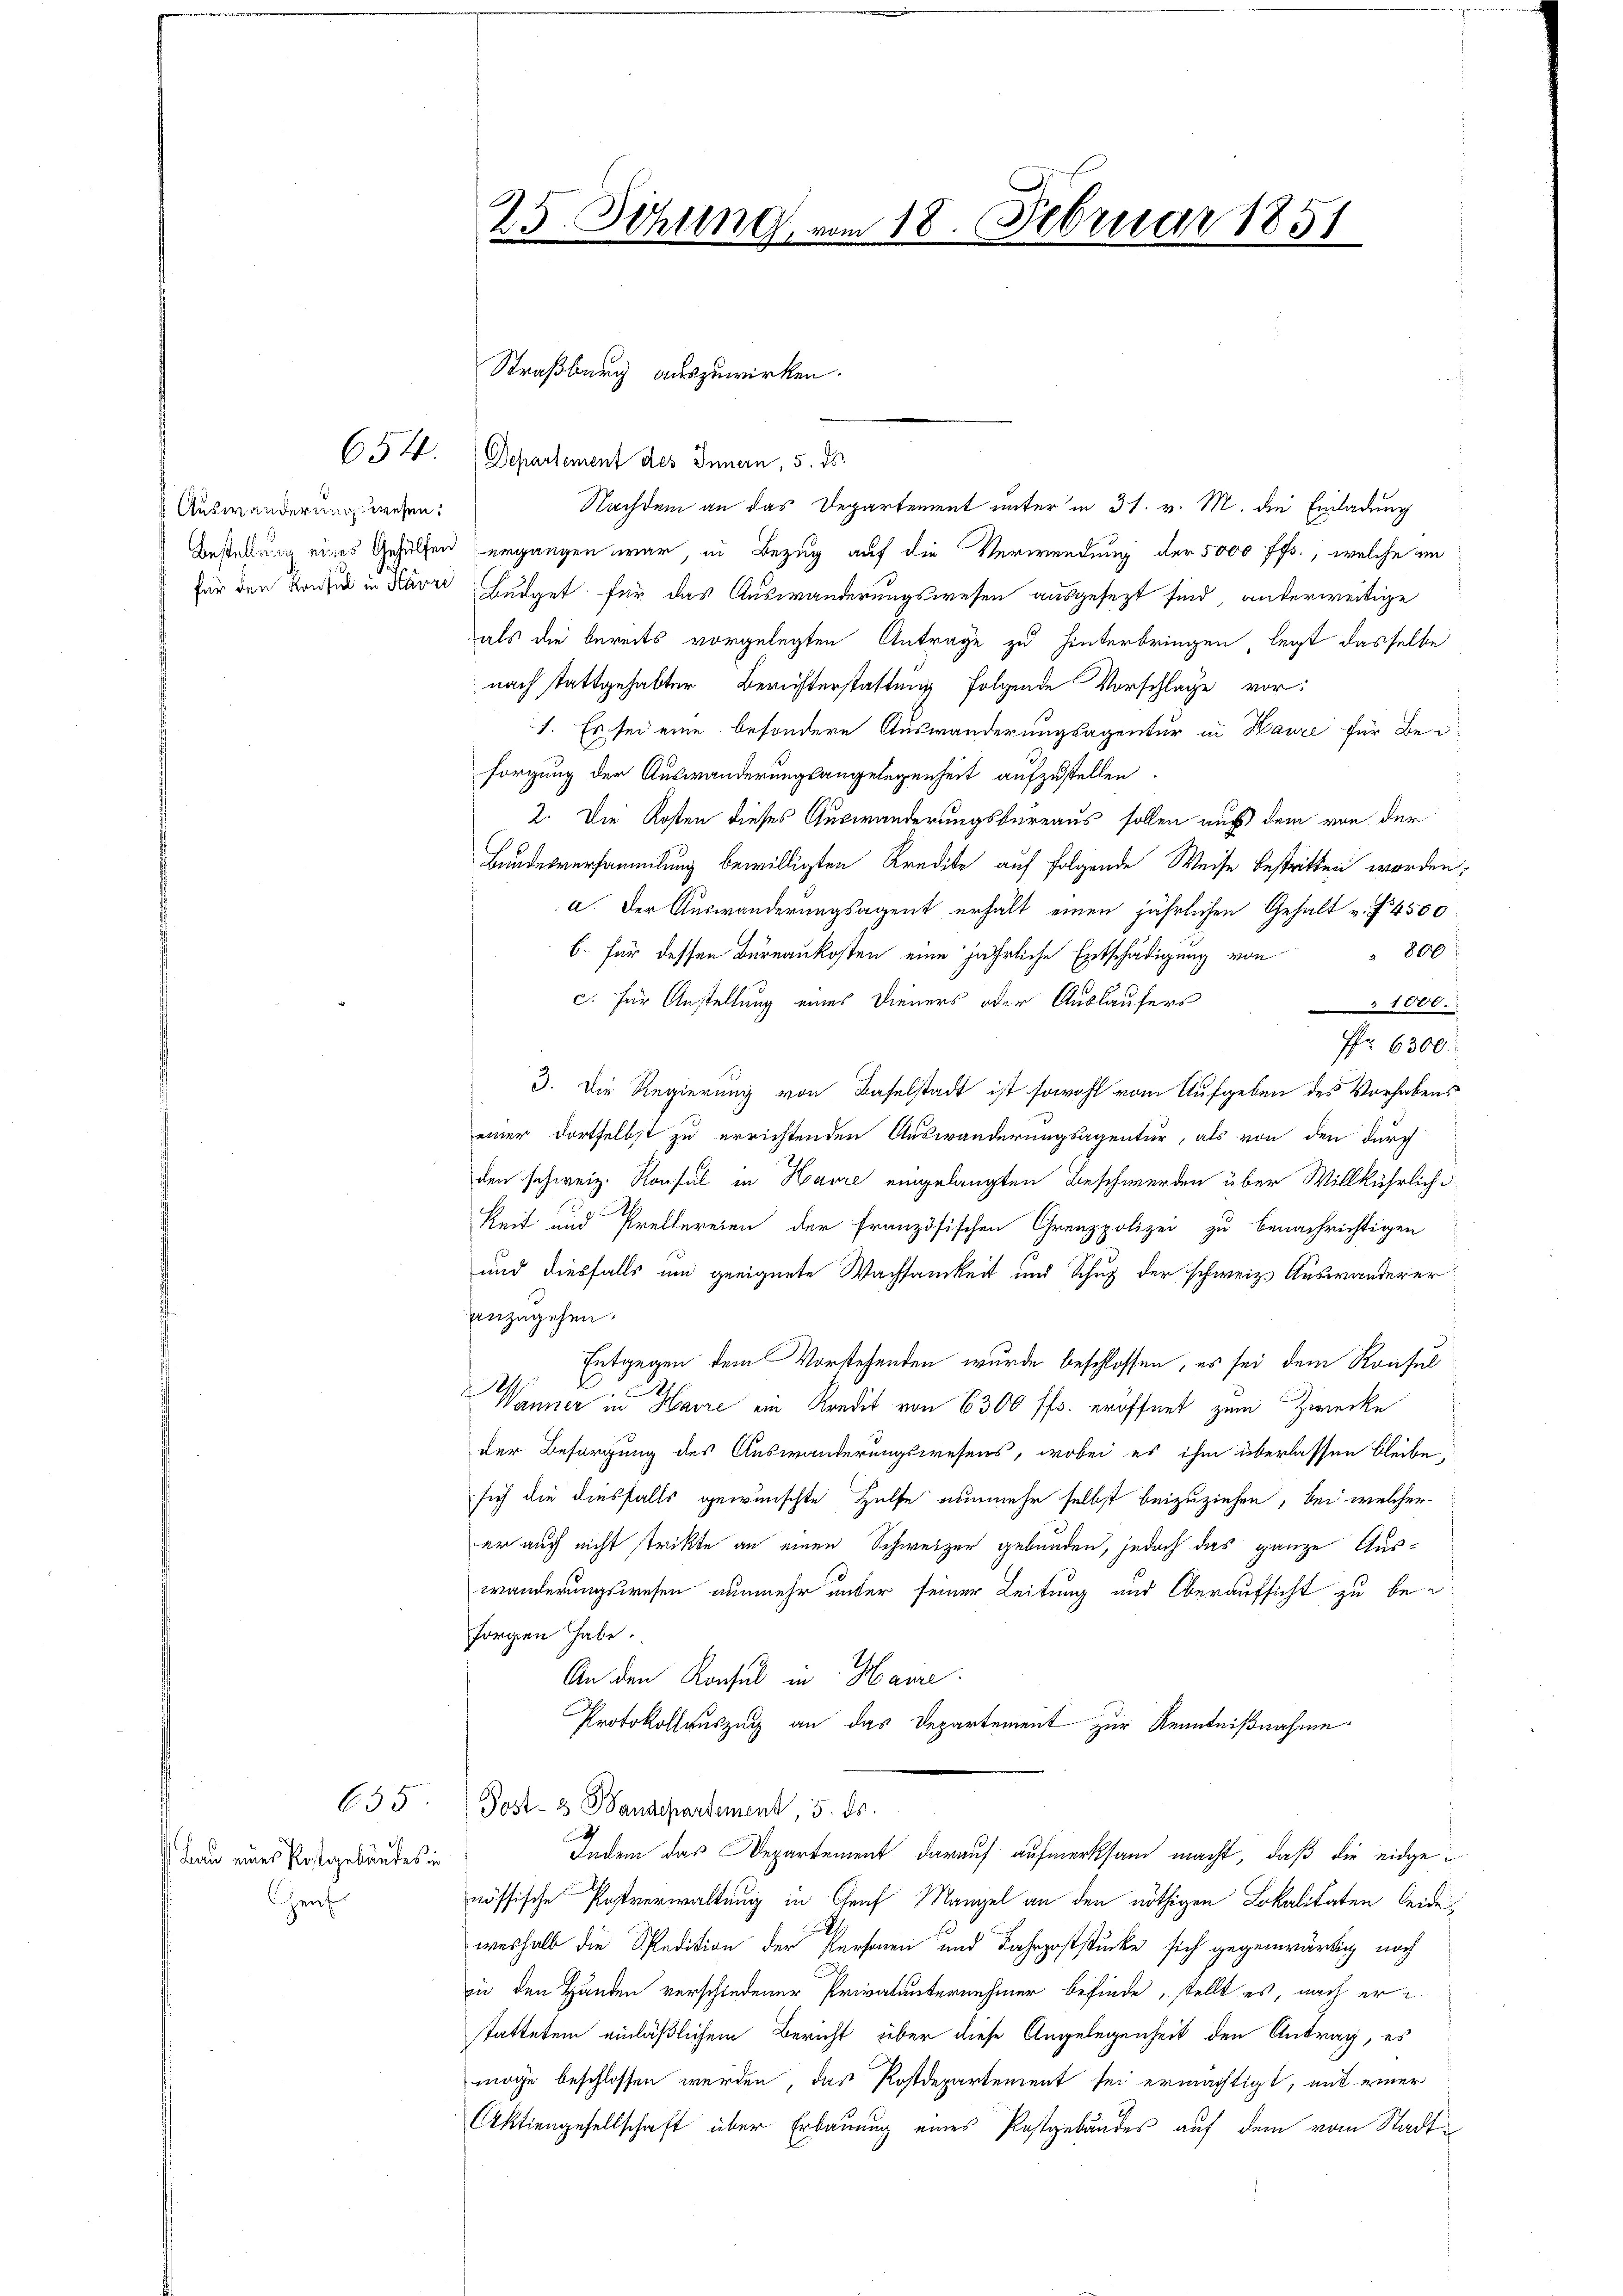
Auswanderungswesen:
Bestellung eines Gehülfen

Bau eines Kostgebäudes in
enf

654.

655

25. Sitzung vom 18. Februar 1851

Straßburg auszuwirken.
Departement des Innern, 5. ds.
Nachdem an das Departement unter in 31. v. M. die Einladung
ergangen war, in Bezug auf die Verwendung der 5000 ff., welche im
für den Kresia in dare Budget für das Auswanderungswesen ausgesezt sind, anderweitige
als die bereits vorgelegten Antrage zu hinterbringen, legt dasselbe
nach stattgehabter Berichterstattung folgende Vorschlage vor:
1. Es sei eine besondere Auswanderungsagentur in Haure für Beisorgung der Auswanderungsangelegenheit aufzustellen.
2. Die Kosten dieses Auswanderungsbureaus sollen auf dem von der
Bundesversammlung bewilligten Kredite auf folgende Weise bestritten worden,
a. Der Auswanderungsagent erhält einen jährlichen Gehalt v. f. 4500
b. für dessen Büreaukosten eine jährliche Entschädigung von 800
c. für Anstellung eines Dieners oder Auslaufers
1000.
Pfr 6300.
3. Die Regierung von Baselstadt ist sowohl vom Aufgeben des Vorhabens
einer dortselbst zu errichtenden Auswanderungsagentur, als von den durch
den schweiz. Konsul in Havre eingelangten Beschwerden über Willkührlichikeit und Prellereien der französischen Grenzpolizei zu benachrichtigen
und diesfalls um geeignete Wachsamkeit und Schuz der schweiz. Auswanderer
anzugehen.
Entgegen dem Vorstehenden wurde beschlossen, es sei dem Konsul
Wanner in Havre ein Kredit von 6300 ff. eröffnet zum Zwecke
der Besorgung des Auswanderungswesens, wobei es ihm überlassen bleibe,
sich die diesfalls gewünschte Hülfe nunmehr selbst beizuziehen, bei welcher
er auch nicht trikte an einen Schweizer gebunden, jedoch das ganze Auswänderungswesen nunmehr unter seiner Leitung und Oberaufsicht zu besorgen habe.
An den Konsul in Haire.
Protokollauszug an das Departement zur Kenntnißnahme
Post- & Baudepartement, 5. ds.
Indem das Departement darauf aufmerksam macht, daß die eidgenössische Postverwaltung in Graf Mangel an den nöthigen Lokalitäten leide,
weshalb die Spedition der Personen und Fahrpoststücke sich gegenwärtig nach
zu den Händen verschiedener Privatunternehmer befinde, stellt es, nach er
statteten einläßlichem Bericht über diese Angelegenheit den Antrag, es
möge beschlossen werden, das Postdepartement sei ermächtigt, mit einer
Aktiengesellschaft über Erbauung eines Postgebäudes auf dem vom Stadt¬